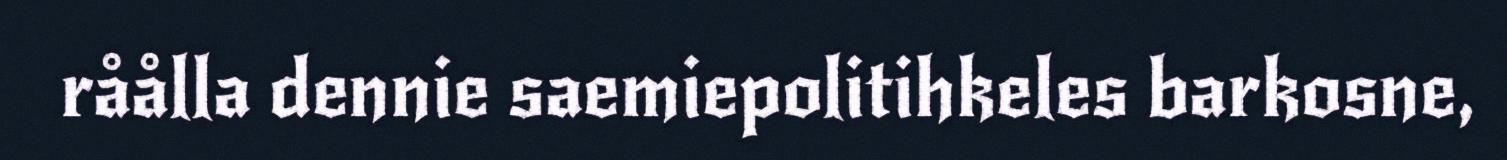
råålla dennie saemiepolitihkeles barkosne,